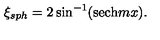
\xi _ { s p h } = 2 \sin ^ { - 1 } ( \mathrm { s e c h } m x ) .